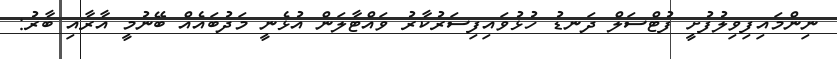
ނިންމައިފިވިލުފުށީ ފުޓްސަލް ދަނޑު ހުޅުވައިފިސަރުކާރު ވައްޓާލަން އުޅެނީ މަދުބައެއް ބޭނުމީ އާރާއި ބާރު: